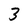
Character: 3